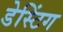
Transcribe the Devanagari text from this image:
डेस्टिंग